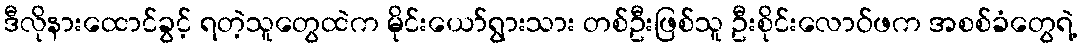
ဒီလိုနားထောင်ခွင့် ရတဲ့သူတွေထဲက မိုင်းယော်ရွားသား တစ်ဦးဖြစ်သူ ဦးစိုင်းလောဝ်ဖက အစစ်ခံတွေရဲ့